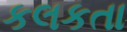
કલકતા